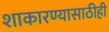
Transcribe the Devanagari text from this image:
शाकारण्यासाठीही